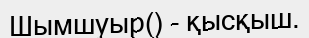
Шымшуыр() - қысқыш.